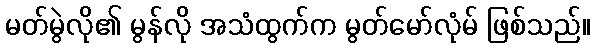
မတ်မွဲလို၏ မွန်လို အသံထွက်က မွတ်မော်လုံမ် ဖြစ်သည်။